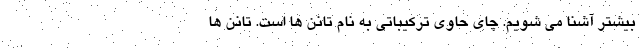
بیشتر آشنا می شویم. چای حاوی ترکیباتی به نام تانن ها است. تانن ها